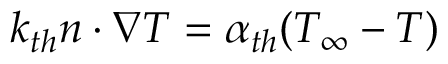
k _ { t h } \boldsymbol { n } \cdot \nabla T = \alpha _ { t h } ( T _ { \infty } - T )